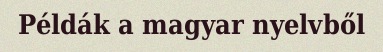
Példák a magyar nyelvből